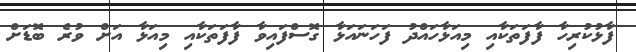
ފާޅުކުރިހާ ފާފަތަކާއި މިއަޅާހައްދު ފަހަނައަޅާ ގޮސްފައިވާ ފާފަތަކާއި މިއަޅާ އަށް ވުރެ ބޮޑަށް